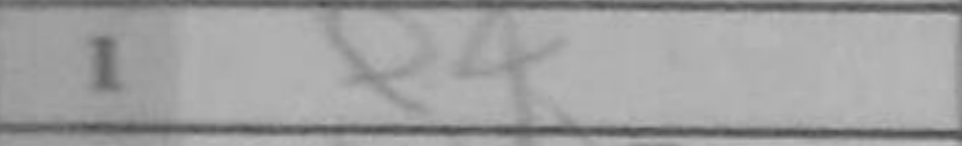
Transcription: e4